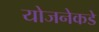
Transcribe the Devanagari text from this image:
योजनेकडे